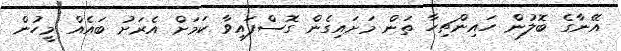
އޭނާގެ ބޮލުން ހައިންޗިހާ ތަން މަށައިގެން ގޮސްފައިވާ ކަމަށް އެރަށު ބައެއް މީހުން